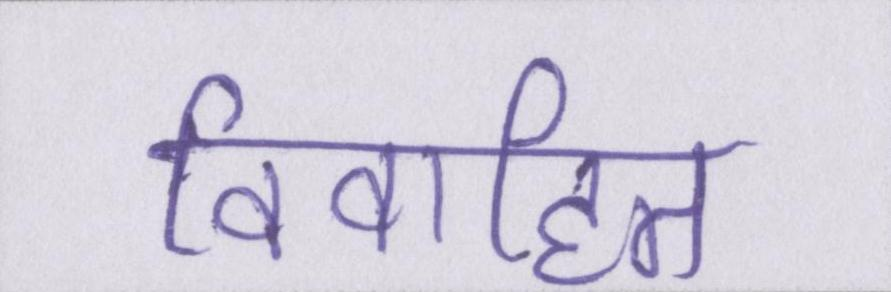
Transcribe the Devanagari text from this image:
विवाहित